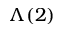
\Lambda ( 2 )